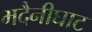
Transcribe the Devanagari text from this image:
भदैनीघाट